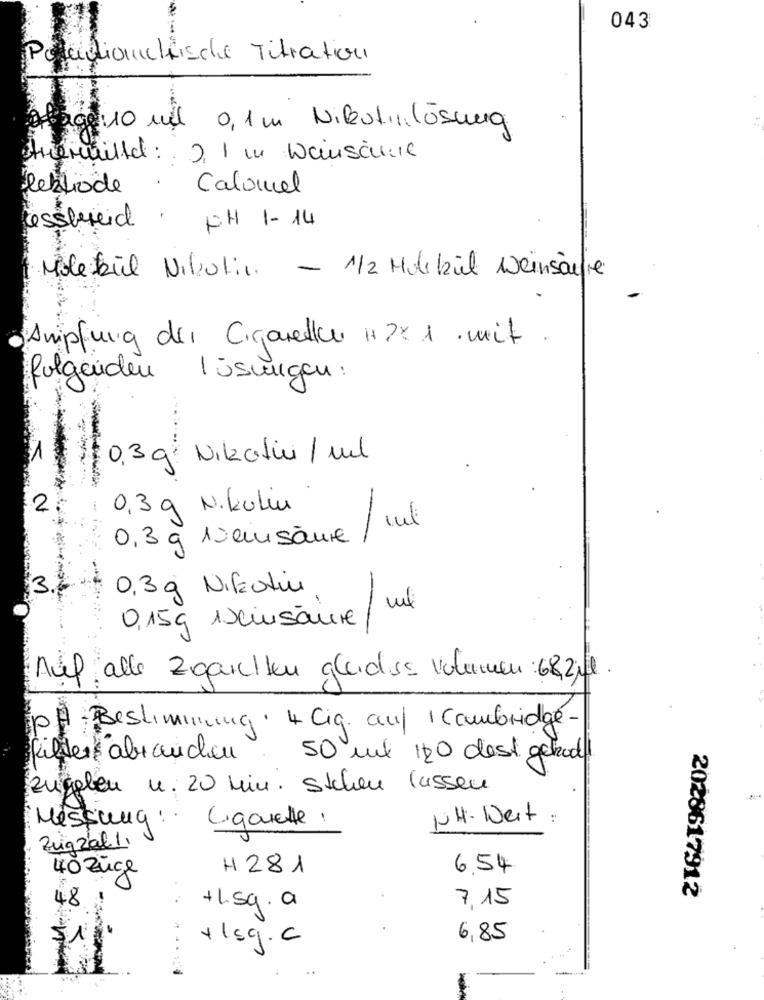
043
Penzionchische Titration
Egg:10 ml 0,1 m Nikotinlösung
tremaille : 2, 1 m Wainsane
lebiode
Calonel
lessbrid
PH 1- 14
Moleküil Nikolin - 1/2 Molekül Weinsäure
Ampfung der Cigarette i?x 1 . mit .
folgenden lösungen :
0,3 g Nikotin / ml
2.
0,3g N. Kulin
0,3g 1veinsäure
3.
0,3 g Nikotin
0,15g 1seinsäure / ml
Auf alle Zigaretten gladius volumen: 68211.
PÅ Bestimmung . 4 Cig. auf 1 Cambridge-
filter abrauchen. 50 ml 120 dest gehad!
Zugeben u. 20 Min. Stehen lassen
Cigarette,
NH- Weit .
Messung :.
Zugzal !!
40 Züge
H281
6,54
2028617912
:
7,15
48
+.sg. a
$1
6,85
+1sq.c
-
-